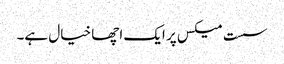
سست میکس پر ایک اچھا خیال ہے۔